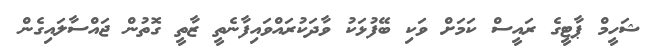
ޝަހީމް ޕާޓީގެ ރައީސް ކަމަށް ވަކި ބޭފުޅަކު ވާދަކުރައްވައިފާނެތީ ޒާތީ ގޮތުން ޖައްސާލައިގެން